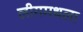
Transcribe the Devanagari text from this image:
लीगमधला